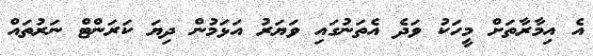
އެ އިމާރާތަށް މީހަކު ވަދެ އެތަނުގައި ވަޔަރު އަޅަމުން ދިޔަ ކަރަންޓް ނަރުތައް